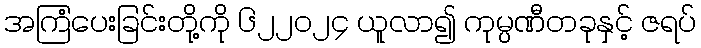
အကြံပေးခြင်းတို့ကို ၆၂၂၀၂၄ ယူလာ၍ ကုမ္ပဏီတခုနှင့် ဇရပ်